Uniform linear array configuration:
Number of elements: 16
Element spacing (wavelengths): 0.75
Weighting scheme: exponential
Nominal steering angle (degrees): -15
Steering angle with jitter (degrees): -16.348
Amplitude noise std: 0.05
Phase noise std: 0.05

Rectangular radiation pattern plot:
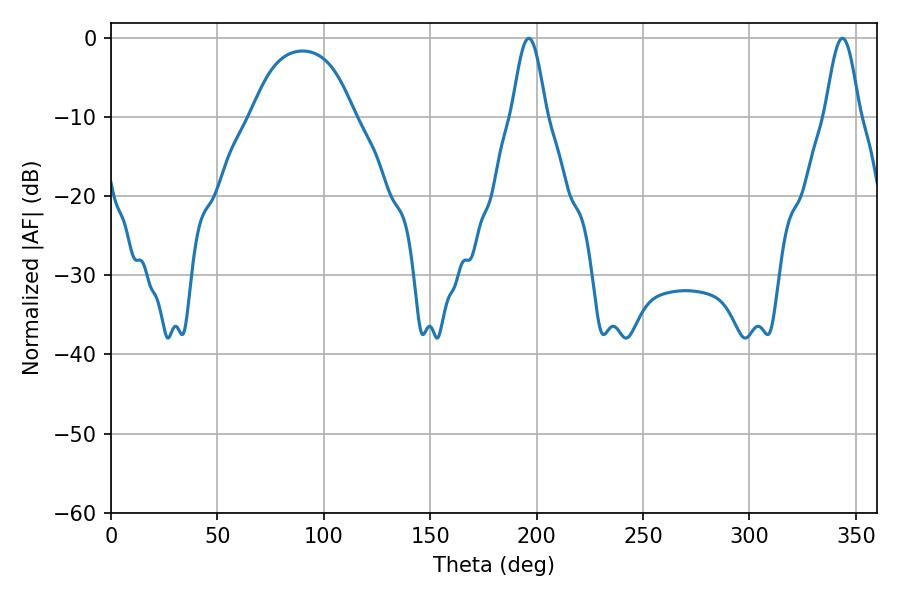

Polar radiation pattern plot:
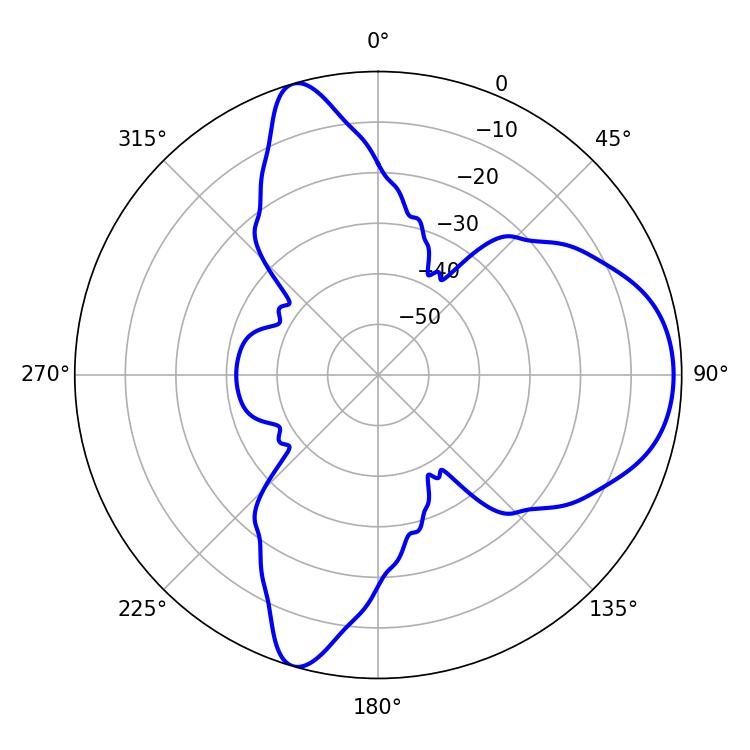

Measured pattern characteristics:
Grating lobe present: TRUE
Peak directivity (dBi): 8.209
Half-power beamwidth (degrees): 8.64
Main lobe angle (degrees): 196.38